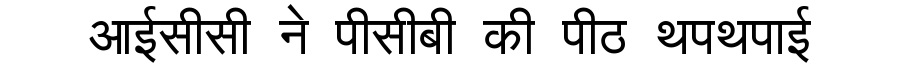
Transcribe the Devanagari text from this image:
आईसीसी ने पीसीबी की पीठ थपथपाई